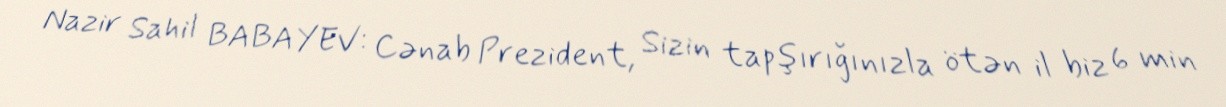
Nazir Sahil BABAYEV: Cənab Prezident, Sizin tapşırığınızla ötən il biz 6 min